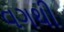
વગથી